Indian journal of veterinary science and animal husbandry - Volumes 18-21, 1948-1951
Year: 1948
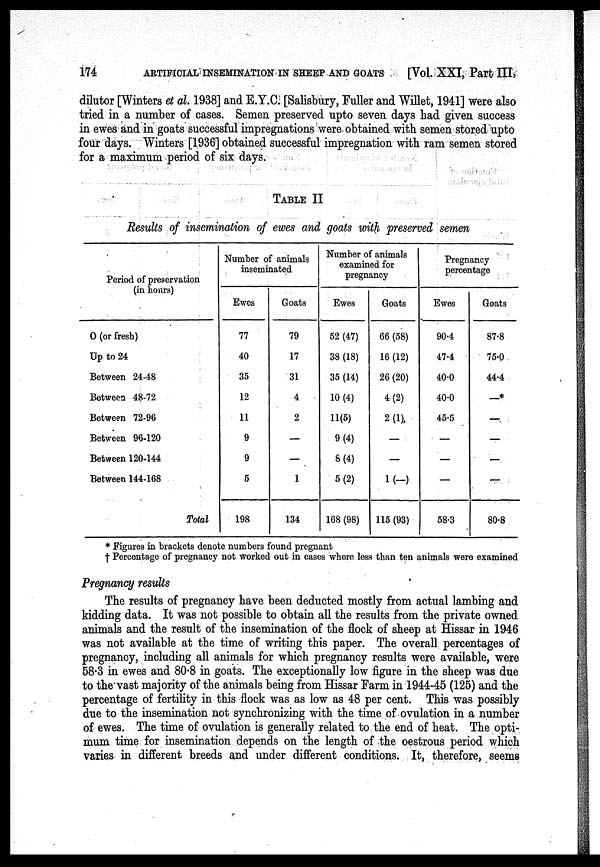
174
ARTIFICIAL INSEMINATION IN SHEEP AND GOATS
[Vol. XXI, Part III,
dilutor [Winters et al. 1938] and E.Y.C. [Salisbury, Fuller and Willet, 1941] were also
tried in a number of cases. Semen preserved upto seven days had given success
in ewes and in goats successful impregnations were obtained with semen stored upto
four days. Winters [1936] obtained successful impregnation with ram semen stored
for a maximum period of six days.
TABLE II
Results of insemination of ewes and goats with preserved semen
Period of preservation
(in hours)
0 (or fresh)
Up to 24
Between 24-48
Between 48-72
Between 72-96
Between 98-120
Between 120-144
Between 144-168
Total
Number of animals
inseminated
Ewes
77
40
35
12
11
9
9
5
198
Goats
79
17
31
4
2
—
—
1
134
Number of animals
examined for
pregnancy
Ewes
52 (47)
38 (18)
35 (14)
10(4)
11(5)
9(4)
8(4)
5(2)
168 (98)
Goats
66 (58)
16(12)
26(20)
4(2)
2(1)
—
—
1(—)
115 (93)
Pregnancy
percentage
Ewes
90.4
47.4
40.0
40.0
45.5
—
—
—
58.3
Goats
87.8
75.0
44.4
—*
—
—
—
—
80.8
* Figures in brackets denote numbers found pregnant
† Percentage of pregnancy not worked out in cases where less than ten animals were examined
Pregnancy results
The results of pregnancy have been deducted mostly from actual lambing and
kidding data. It was not possible to obtain all the results from the private owned
animals and the result of the insemination of the flock of sheep at Hissar in 1946
was not available at the time of writing this paper. The overall percentages of
pregnancy, including all animals for which pregnancy results were available, were
58.3 in ewes and 80.8 in goats. The exceptionally low figure in the sheep was due
to the vast majority of the animals being from Hissar Farm in 1944-45 (125) and the
percentage of fertility in this flock was as low as 48 per cent. This was possibly
due to the insemination not synchronizing with the time of ovulation in a number
of ewes. The time of ovulation is generally related to the end of heat. The opti-
mum time for insemination depends on the length of the oestrous period which
varies in different breeds and under different conditions. It, therefore, seems